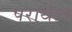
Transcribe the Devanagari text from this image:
परार्थत्व